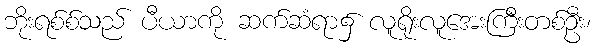
ဘိုးရစ်စ်သည် ပီယာကို ဆက်ဆံရာ၌ လူရိုးလူအေးကြီးတစ်ဦး၊